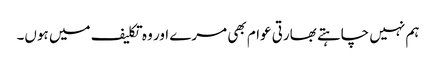
ہم نہیں چاہتے بھارتی عوام بھی مرے اور وہ تکلیف میں ہوں۔